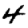
Digit: 4